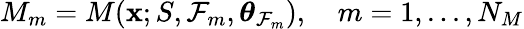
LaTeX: M_{m}=M(\mathbf{x};S,\mathcal{F}_{m},\boldsymbol{\theta}_{\mathcal{F}_{m}}),\quad m=1,...,N_{M}